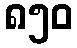
၈၅၀